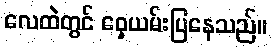
လေထဲတွင် ဝှေ့ယမ်းပြနေသည်။